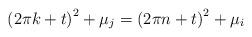
LaTeX: \begin{align*}\left( 2\pi k+t\right) ^{2}+\mu_{j}=\left( 2\pi n+t\right) ^{2}+\mu_{i}\end{align*}